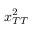
x _ { T T } ^ { 2 }